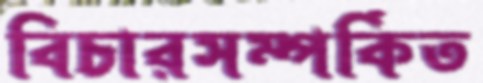
বিচারসম্পর্কিত